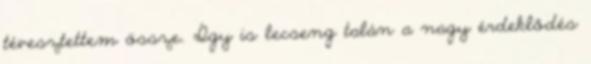
tévesztettem össze. Így is lecseng talán a nagy érdeklődés